Indian journal of veterinary science and animal husbandry - Volume 1,
Year: 1931
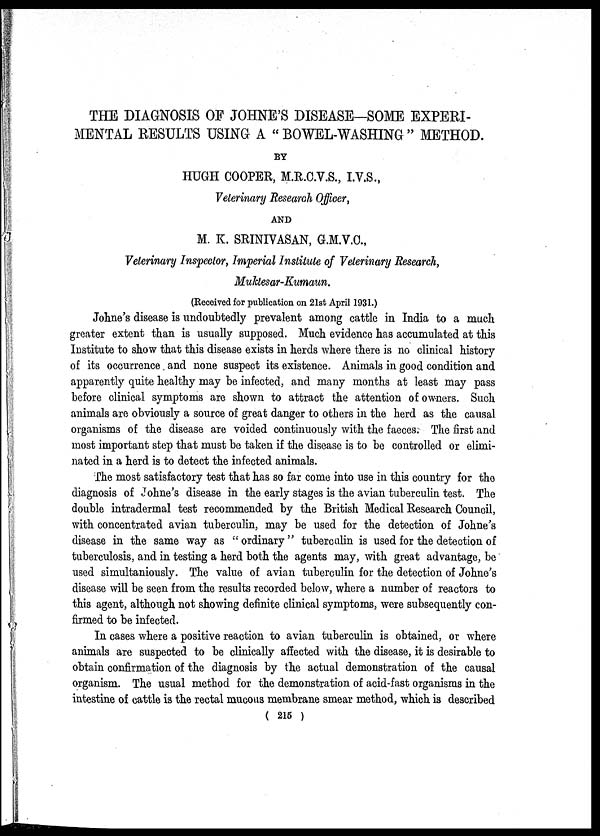
THE DIAGNOSIS OF JOHNE'S DISEASE-SOME EXPERI-
MENTAL RESULTS USING A "BOWEL-WASHING" METHOD.
BY
HUGH COOPER, M.R.C.V.S., I.V.S.,
Veterinary Research Officer,
AND
M. K. SRINIVASAN, G.M.V.C.,
Veterinary Inspector, Imperial Institute of Veterinary Research,
Muktesar-Kumaun.
(Received for publication on 21st April 1931.)
Johne's disease is undoubtedly prevalent among cattle in India to a much
greater extent than is usually supposed. Much evidence has accumulated at this
Institute to show that this disease exists in herds where there is no clinical history
of its occurrence and none suspect its existence. Animals in good condition and
apparently quite healthy may be infected, and many months at least may pass
before clinical symptoms are shown to attract the attention of owners. Such
animals are obviously a source of great danger to others in the herd as the causal
organisms of the disease are voided continuously with the faeces. The first and
most important step that must be taken if the disease is to be controlled or elimi-
nated in a herd is to detect the infected animals.
The most satisfactory test that has so far come into use in this country for the
diagnosis of Johne's disease in the early stages is the avian tuberculin test. The
double intradermal test recommended by the British Medical Research Council,
with concentrated avian tuberculin, may be used for the detection of Johne's
disease in the same way as " ordinary " tuberculin is used for the detection of
tuberculosis, and in testing a herd both the agents may, with great advantage, be
used simultaniously. The value of avian tuberculin for the detection of Johne's
disease will be seen from the results recorded below, where a number of reactors to
this agent, although not showing definite clinical symptoms, were subsequently con-
firmed to be infected.
In cases where a positive reaction to avian tuberculin is obtained, or where
animals are suspected to be clinically affected with the disease, it is desirable to
obtain confirmation of the diagnosis by the actual demonstration of the causal
organism. The usual method for the demonstration of acid-fast organisms in the
intestine of cattle is the rectal mucous membrane smear method, which is described
( 215 )